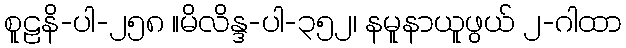
စူဠနိ-ပါ-၂၅၈ ။မိလိန္ဒ-ပါ-၃၅၂၊ နမူနာယူဖွယ် ၂-ဂါထာ